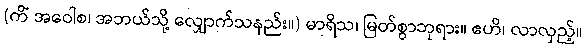
(ကိံ အဝေါစ၊ အဘယ်သို့ လျှောက်သနည်း။) မာရိသ၊ မြတ်စွာဘုရား။ ဧဟိ၊ လာလှည့်။